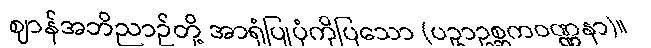
ဈာန်အဘိညာဉ်တို့ အာရုံပြုပုံကိုပြသော (ပဥှာဥစ္ဆကဝဏ္ဏနာ)။